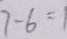
7 - 6 = 1